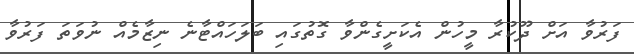
ފަރުވާ އަށް ދޫކުރާ މީހުން އެކަށީގެންވާ ގޮތުގައި ބަލަހައްޓާނެ ނިޒާމެއް ނުވަތަ ފަރުވާ